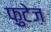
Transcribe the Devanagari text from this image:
फ़ुटेज़